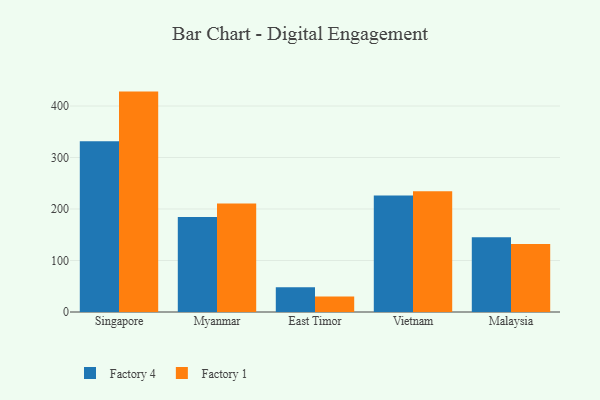
{"axis": {"x": "Country", "y": "Backlog"}, "legend": ["Factory 1", "Factory 4"], "data": [{"x": "Singapore", "y": 331.4, "type": "Factory 4"}, {"x": "Singapore", "y": 428.0, "type": "Factory 1"}, {"x": "Myanmar", "y": 184.3, "type": "Factory 4"}, {"x": "Myanmar", "y": 210.9, "type": "Factory 1"}, {"x": "East Timor", "y": 48.0, "type": "Factory 4"}, {"x": "East Timor", "y": 30.2, "type": "Factory 1"}, {"x": "Vietnam", "y": 226.4, "type": "Factory 4"}, {"x": "Vietnam", "y": 234.3, "type": "Factory 1"}, {"x": "Malaysia", "y": 145.0, "type": "Factory 4"}, {"x": "Malaysia", "y": 132.2, "type": "Factory 1"}]}